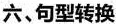
六、句型转换